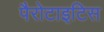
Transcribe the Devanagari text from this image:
पैरोटाइटिस